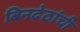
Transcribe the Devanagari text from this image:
बिनदेठांची